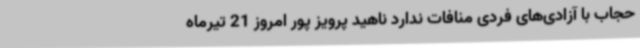
حجاب با آزادی‌های فردی منافات ندارد ناهید پرویز پور امروز 21 تیرماه